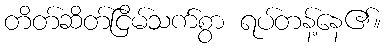
တိတ်ဆိတ်ငြိမ်သက်စွာ ရပ်တန့်နေ၏။